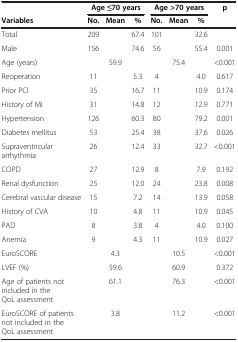
|  | <COLSPAN=3> Age ≤70 years | <COLSPAN=3> Age >70 years | p |
 | Variables | No. | Mean | % | No. | Mean | % |  |
 | --- | --- | --- | --- | --- | --- | --- | --- |
 | Total | 209 |  | 67.4 | 101 |  | 32.6 |  |
 | Male | 156 |  | 74.6 | 56 |  | 55.4 | 0.001 |
 | Age (years) |  | 59.9 |  |  | 75.4 |  | <0.001 |
 | Reoperation | 11 |  | 5.3 | 4 |  | 4.0 | 0.617 |
 | Prior PCI | 35 |  | 16.7 | 11 |  | 10.9 | 0.174 |
 | History of MI | 31 |  | 14.8 | 12 |  | 12.9 | 0.771 |
 | Hypertension | 126 |  | 60.3 | 80 |  | 79.2 | 0.001 |
 | Diabetes mellitus | 53 |  | 25.4 | 38 |  | 37.6 | 0.026 |
 | Supraventricular arrhythmia | 26 |  | 12.4 | 33 |  | 32.7 | <0.001 |
 | COPD | 27 |  | 12.9 | 8 |  | 7.9 | 0.192 |
 | Renal dysfunction | 25 |  | 12.0 | 24 |  | 23.8 | 0.008 |
 | Cerebral vascular disease | 15 |  | 7.2 | 14 |  | 13.9 | 0.058 |
 | History of CVA | 10 |  | 4.8 | 11 |  | 10.9 | 0.045 |
 | PAD | 8 |  | 3.8 | 4 |  | 4.0 | 0.100 |
 | Anemia | 9 |  | 4.3 | 11 |  | 10.9 | 0.027 |
 | EuroSCORE |  | 4.3 |  |  | 10.5 |  | <0.001 |
 | LVEF (%) |  | 59.6 |  |  | 60.9 |  | 0.372 |
 | Age of patients not included in the QoL assessment |  | 61.1 |  |  | 76.3 |  | <0.001 |
 | EuroSCORE of patients not included in the QoL assessment |  | 3.8 |  |  | 11.2 |  | <0.001 |